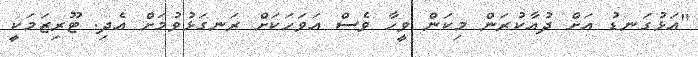
"އަޅުގަނޑު އަށް ދުއާކުރަން މިކަން ވީހާ ވެސް އަވަހަކަށް ރަނގަޅުވުމަށް އެދި. ޓޫރިޒަމަކީ